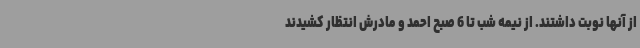
از آنها نوبت داشتند. از نیمه شب تا 6 صبح احمد و مادرش انتظار کشیدند